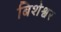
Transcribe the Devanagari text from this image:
बिशेश्वर